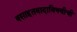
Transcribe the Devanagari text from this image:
वसाहतवादाविषयीची